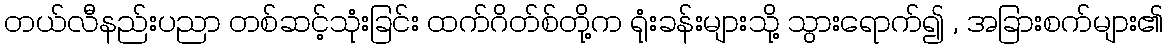
တယ်လီနည်းပညာ တစ်ဆင့်သုံးခြင်း ထက်ဂိတ်စ်တို့က ရုံးခန်းများသို့ သွားရောက်၍ , အခြားစက်များ၏